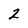
Character: 2